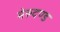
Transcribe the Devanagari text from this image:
मेरुदण्‍ड